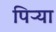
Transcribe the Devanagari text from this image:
पिऱ्या